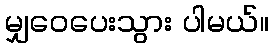
မျှဝေပေးသွား ပါမယ်။